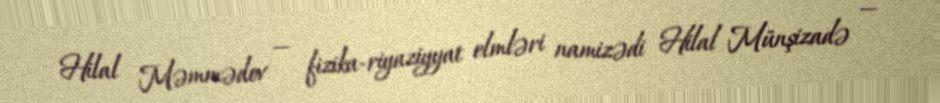
Hilal Məmmədov — fizika-riyaziyyat elmləri namizədi Hilal Münşizadə —